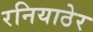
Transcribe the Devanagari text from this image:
रनियाठेर